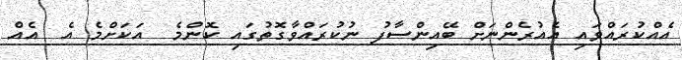
އެއްކުރައްވައި އެއުރެންނަށް ބޭއިންސާފު ނުކުރައްވާގޮތުގައި ކޮންމެ  އަކަށްމެ އެ  އެއް